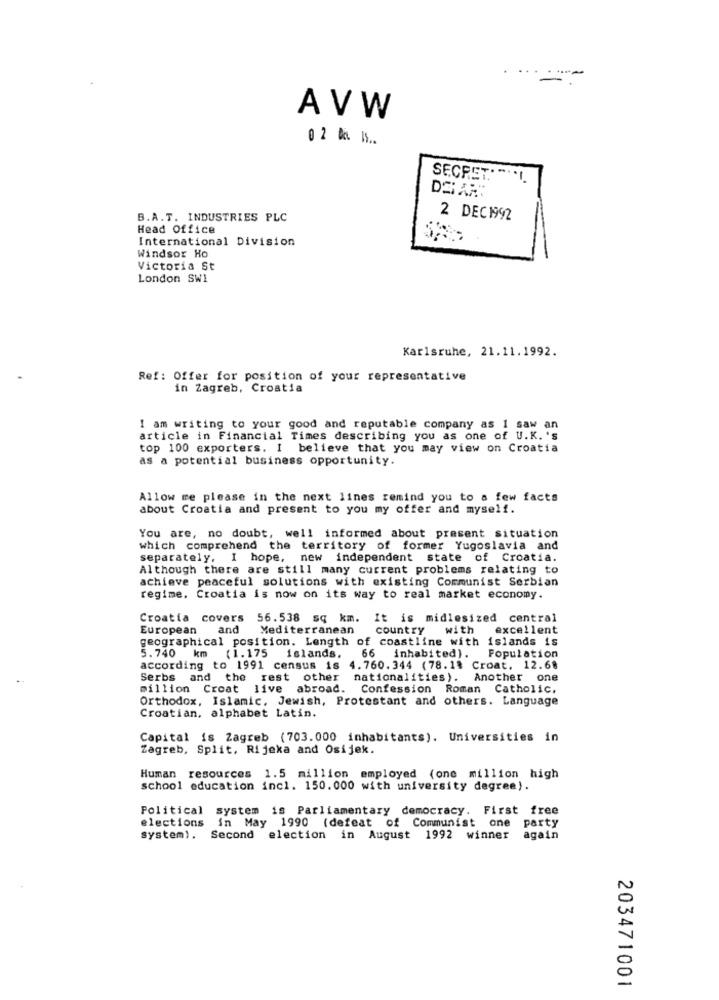
AVW
0 2 % Is ..
SECRET.
-
B.A.T. INDUSTRIES PLC
2 DEC1992
Head Office
International Division
Windsor Ho
Victoria St
London SW1
Karlsruhe, 21.11.1992.
Ref: Offer for position of your representative
in Zagreb, Croatia
I am writing to your good and reputable company as 1 saw an
article in Financial Times describing you as one of U.K. 's
top 100 exporters. I believe that you may view on Croatia
as a potential business opportunity.
Allow me please in the next lines remind you to a few facts
about Croatia and present to you my offer and myself.
You are, no doubt, well informed about present situation
which comprehend the territory of former Yugoslavia and
separately, I hope, new independent state of Croatia.
Although there are still many current problems relating to
achieve peaceful solutions with existing Communist Serbian
regime. Croatia is now on its way to real market economy.
Croatia covers
56.538 sq km. It is midlesized central
European and y
Mediterranean
country
with
excellent
geographical position. Length of coastline with islands is
5.740 km (1.175 islands. 66 inhabited). Population
according to 1991 census is 4.760.344 (78.18 Croat. 12.68
..
Serbs and the rest other nationalities). Another one
million Croat live abroad. Confession Roman Catholic,
Orthodox, Islamic, Jewish, Protestant and others. Language
Croatian, alphabet Latin.
Capital is Zagreb (703.000 inhabitants). Universities in
Zagreb, Split, Rijeka and Osijek.
Human resources 1.5 million employed (one million high
school education incl. 150.000 with university degree).
Political system is Parliamentary democracy. First free
elections in May 1990 (defeat of Communist one party
system). Second election in August 1992 winner
again
203471001